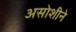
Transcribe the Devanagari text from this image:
असोशीने